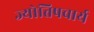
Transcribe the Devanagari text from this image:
ज्योतिषचार्य